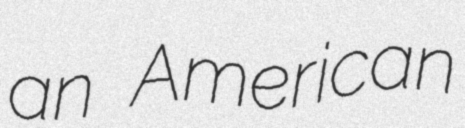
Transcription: an American